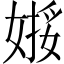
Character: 𱙢